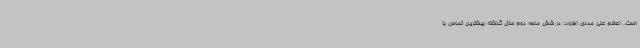
است. اعظم علی مددی افزود: در شش ماهه دوم سال گذشته بیشترین تماس با